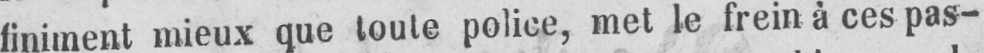
finiment mieux que toute police, met le frein à ces pas-